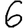
Digit: 6